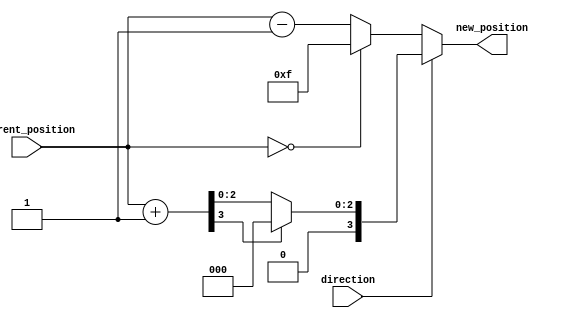
module relative_encoder #(
    parameter N = 4 // Number of bits for the current position
)(
    input  [N-1:0] current_position, // Current position (N bits)
    input         direction,          // Direction signal (1 bit)
    output [N-1:0] new_position       // New position (N bits)
);

    // Calculate the new position based on the direction
    wire [N-1:0] incremented_position;
    wire [N-1:0] decremented_position;

    // Increment the current position
    assign incremented_position = current_position + 1'b1;

    // Decrement the current position
    assign decremented_position = current_position - 1'b1;

    // Handle wrap-around conditions
    assign new_position = (direction) ? 
                          (incremented_position[N-1] ? 0 : incremented_position) : // Wrap around to 0 if overflow
                          (current_position == 0 ? {N{1'b1}} : decremented_position); // Wrap around to max value if underflow

endmodule